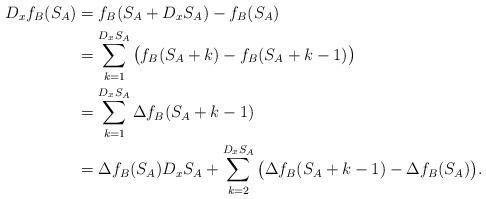
LaTeX: \begin{align*}D_xf_B(S_A) & = f_B(S_A+D_xS_A)-f_B(S_A)\\& = \sum_{k=1}^{D_xS_A} \big(f_B(S_A+k)-f_B(S_A+k-1)\big)\\& = \sum_{k=1}^{D_xS_A} \Delta f_B(S_A+k-1)\\& = \Delta f_B(S_A) D_xS_A + \sum_{k=2}^{D_xS_A} \big(\Delta f_B(S_A+k-1)-\Delta f_B(S_A)\big).\end{align*}